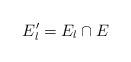
LaTeX: \begin{align*} E_l' = E_l \cap E\end{align*}